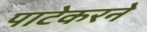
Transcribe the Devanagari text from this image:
पाटेकरने